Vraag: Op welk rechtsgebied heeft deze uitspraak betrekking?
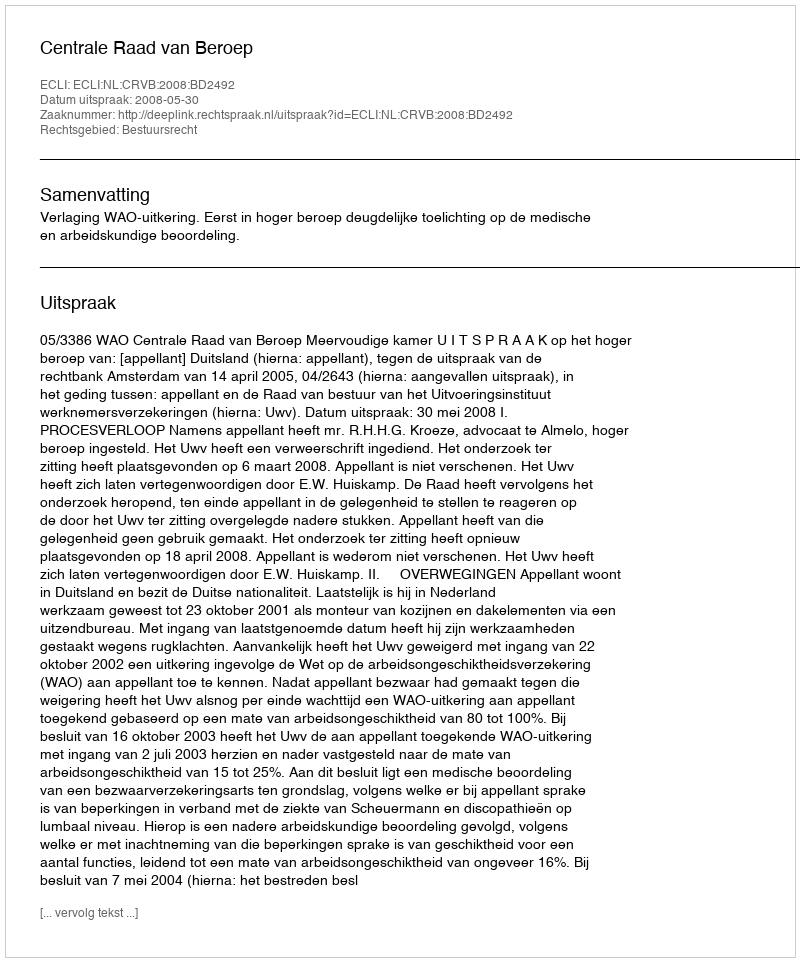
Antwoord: Bestuursrecht